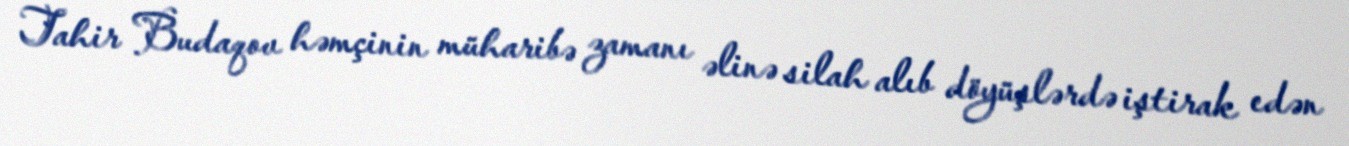
Tahir Budaqov həmçinin müharibə zamanı əlinə silah alıb döyüşlərdə iştirak edən